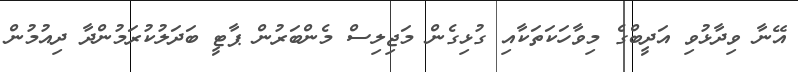
އޭނާ ވިދާޅުވި އަދީބްގެ މިވާހަކަތަކާއި ގުޅިގެން މަޖިލިސް މެންބަރުން ޕާޓީ ބަދަލުކުރަމުންދާ ދިއުމުން